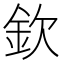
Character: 欽